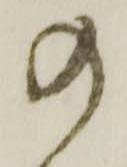
の